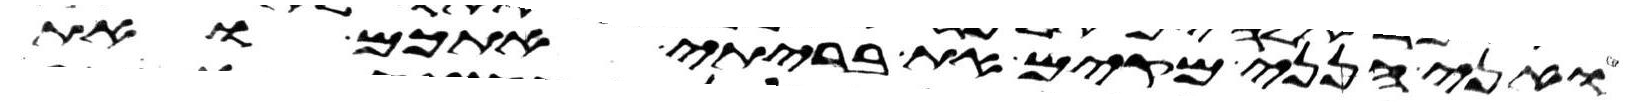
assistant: ואני הנני מקים את בריתי אתכם ואת